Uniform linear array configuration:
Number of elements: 4
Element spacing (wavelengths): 1
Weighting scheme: hann
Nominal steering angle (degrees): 0
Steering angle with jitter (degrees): -0.4181
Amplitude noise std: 0.05
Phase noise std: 0.05

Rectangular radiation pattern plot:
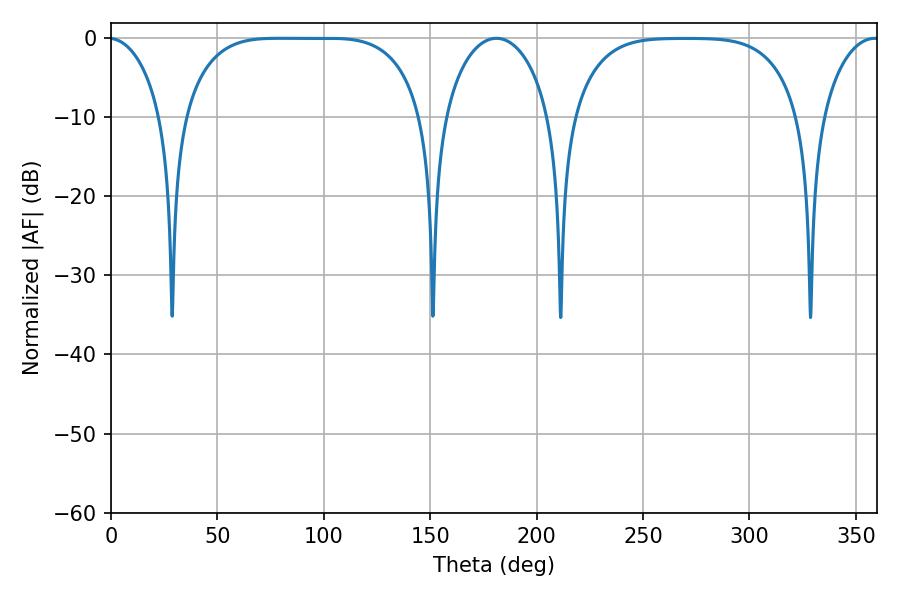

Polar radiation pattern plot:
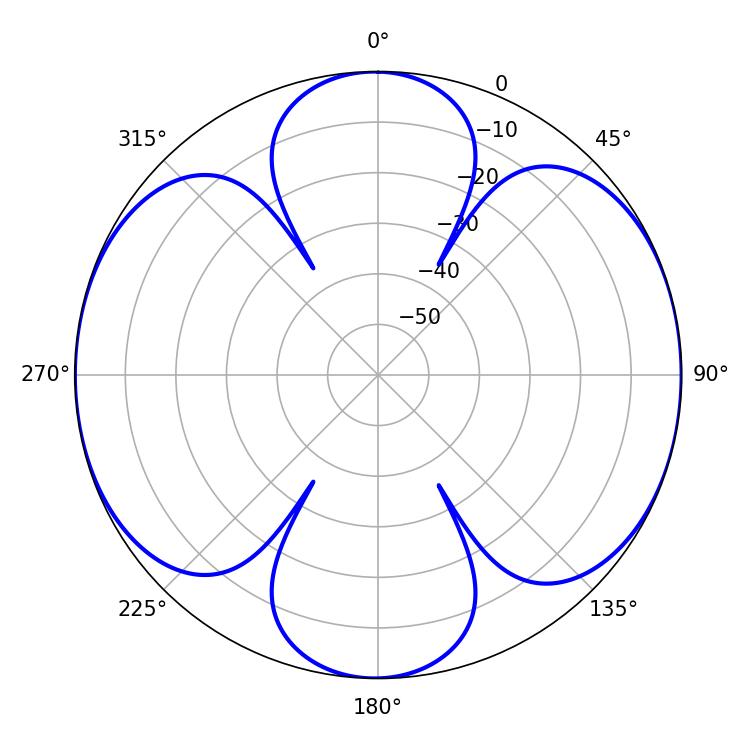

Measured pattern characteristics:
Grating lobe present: TRUE
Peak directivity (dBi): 13.918
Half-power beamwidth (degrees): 86.04
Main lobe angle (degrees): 78.66